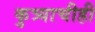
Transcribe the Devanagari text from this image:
कुत्र्याचीही